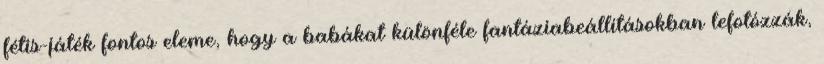
fétis-játék fontos eleme, hogy a babákat különféle fantáziabeállításokban lefotózzák,